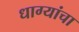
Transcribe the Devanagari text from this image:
धाग्यांचा